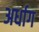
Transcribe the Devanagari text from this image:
अर्धाग